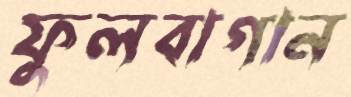
ফুলবাগান